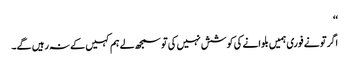
‘‘
اگر تو نے فوری ہمیں بلوانے کی کوشش نہیں کی تو سمجھ لے ہم کہیں کے نہ رہیں گے۔